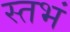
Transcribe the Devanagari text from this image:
स्तभं